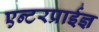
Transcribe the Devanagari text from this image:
एन्टरप्राईज्ञ